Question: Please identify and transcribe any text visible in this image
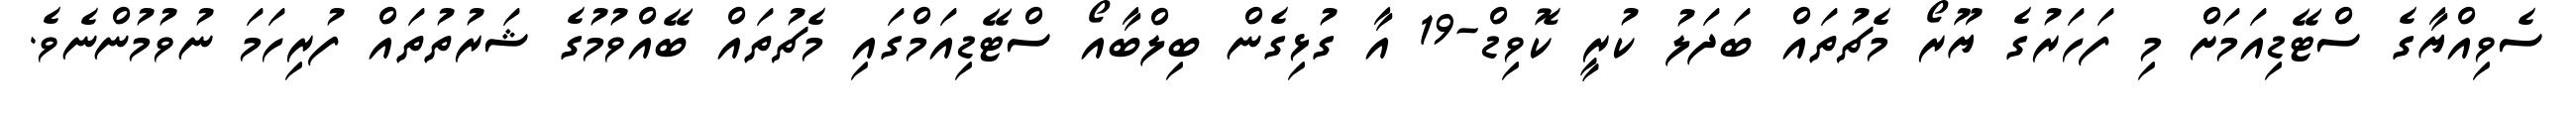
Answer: ސެވިއްޔާގެ ސްޓޭޑިއަމަށް މި ފަހަރުގެ ޔޫރޯ މެޗުތައް ބަދަލު ކުރީ ކޮވިޑް-19 އާ ގުޅިގެން ބިލްބާއޯ ސްޓޭޑިއަމްގައި މެޗުތައް ބޭއްވުމުގެ ޝަރުތުތައް ފުރިހަމަ ނުވުމުންނެވެ.